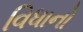
વિધાનો